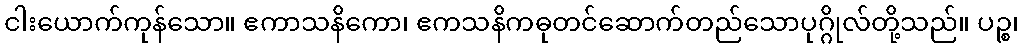
ငါးယောက်ကုန်သော။ ဧကာသနိကော၊ ဧကသနိကဓုတင်ဆောက်တည်သောပုဂ္ဂိုလ်တို့သည်။ ပဉ္စ၊